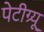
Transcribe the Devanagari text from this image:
पेटीग्र्यू